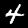
Label: 4